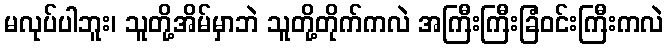
မလုပ်ပါဘူး၊ သူတို့အိမ်မှာဘဲ သူတို့တိုက်ကလဲ အကြီးကြီးခြံဝင်းကြီးကလဲ